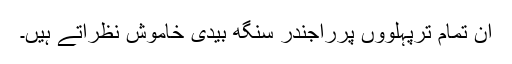
ان تمام ترپہلووٗں پرراجندر سنگھ بیدی خاموش نظرآتے ہیں۔